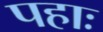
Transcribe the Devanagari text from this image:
पहाः